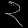
Digit: ၃